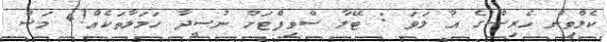
ކެލްވިން ހެރިސްގެ އާ ލަވަ : ޓޭލާ ސްވިފްޓަށް ނުސީދާ ހަމަލާތަކެއް!4 މަސް